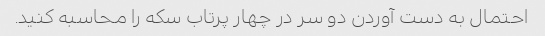
احتمال به دست آوردن دو سر در چهار پرتاب سکه را محاسبه کنید.